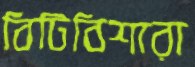
বিটিবিশারা